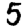
Digit: 5